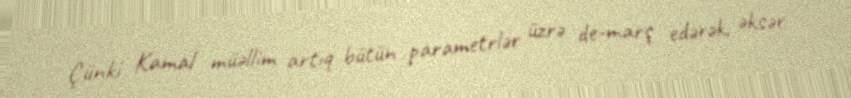
Çünki Kamal müəllim artıq bütün parametrlər üzrə de-marş edərək, əksər